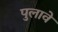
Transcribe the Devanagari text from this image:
पुलावे